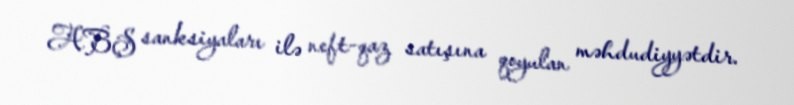
ABŞ sanksiyaları ilə neft-qaz satışına qoyulan məhdudiyyətdir.